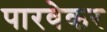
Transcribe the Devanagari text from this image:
पारवेकर